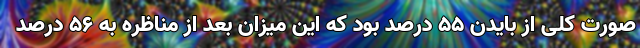
صورت کلی از بایدن ۵۵ درصد بود که این میزان بعد از مناظره به ۵۶ درصد